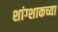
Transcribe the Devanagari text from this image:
शांग्शाकच्या